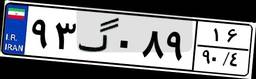
۹۳گ۰۸۹۱۶